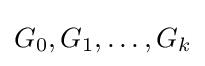
G_{0},G_{1},\dots ,G_{k}